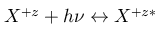
{ X ^ { + z } + h \nu \leftrightarrow X ^ { + z * } }